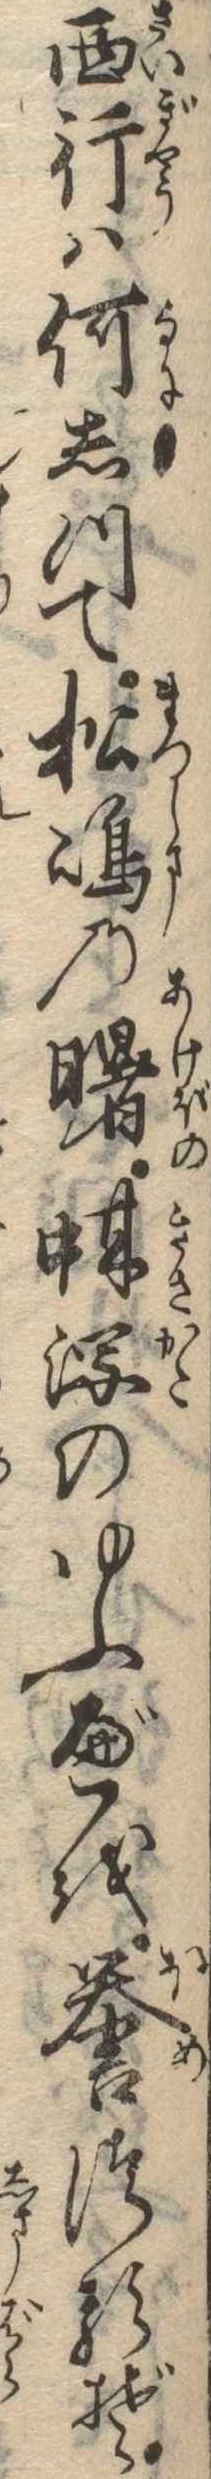
西行は何しつて松島の曙蚶瀉のゆふべを誉つるぞ